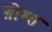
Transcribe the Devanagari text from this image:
ग़ोश्त